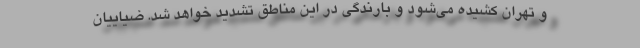
و تهران کشیده می‌شود و بارندگی در این مناطق تشدید خواهد شد. ضیاییان